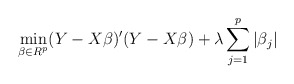
\begin{align*}\mathop{\min}_{\beta \in R^p} (Y-X\beta)'(Y-X\beta) + \lambda\sum_{j=1}^p |\beta_j|\end{align*}